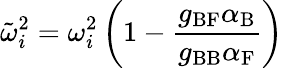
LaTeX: \tilde{\omega}_{i}^{2}=\omega_{i}^{2}\left(1-\frac{g_{\mathrm{BF}}\alpha_{\mathrm{B}}}{g_{\mathrm{BB}}\alpha_{\mathrm{F}}}\right)